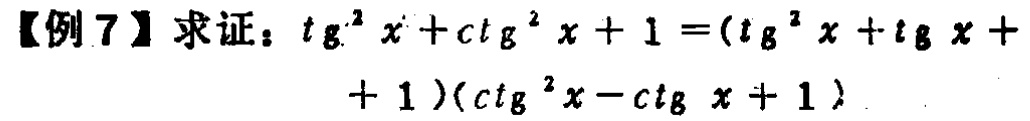
【例 7】求证：\(\mathrm{tg}^{2}x + \mathrm{ctg}^{2}x + 1 = (\mathrm{tg}^{2}x + \mathrm{tg}x + 1)(\mathrm{ctg}^{2}x - \mathrm{ctg}x + 1)\)